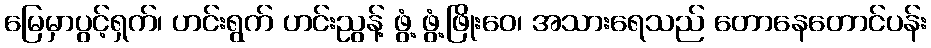
မြေမှာပွင့်ရှက်၊ ဟင်းရွက် ဟင်းညွန့် ဖွံ့ ဖွံ့ဖြိုးဝေ၊ အသားရေသည် တောနေတောင်ပန်း